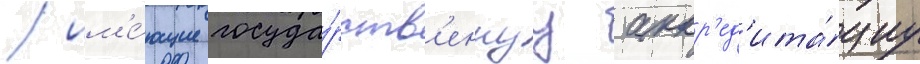
/ им'е́ющие госуда́рств'еннуу аккр'ед'ита́циу